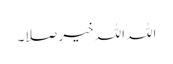
اللہ اللہ خیر صلا۔